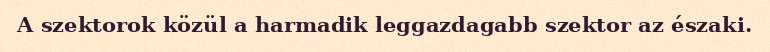
A szektorok közül a harmadik leggazdagabb szektor az északi.